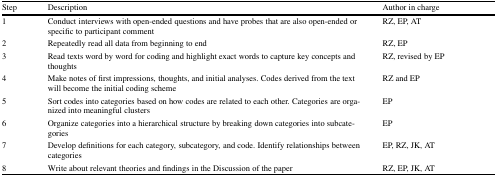
<table><thead><tr><td><b>Step</b></td><td><b>Description</b></td><td><b>Author in charge</b></td></tr></thead><tbody><tr><td>1</td><td>Conduct interviews with open-ended questions and have probes that are also open-ended or specific to participant comment</td><td>RZ, EP, AT</td></tr><tr><td>2</td><td>Repeatedly read all data from beginning to end</td><td>RZ, EP</td></tr><tr><td>3</td><td>Read texts word by word for coding and highlight exact words to capture key concepts and thoughts</td><td>RZ, revised by EP</td></tr><tr><td>4</td><td>Make notes of first impressions, thoughts, and initial analyses. Codes derived from the text will become the initial coding scheme</td><td>RZ and EP</td></tr><tr><td>5</td><td>Sort codes into categories based on how codes are related to each other. Categories are organized into meaningful clusters</td><td>EP</td></tr><tr><td>6</td><td>Organize categories into a hierarchical structure by breaking down categories into subcategories</td><td>EP</td></tr><tr><td>7</td><td>Develop definitions for each category, subcategory, and code. Identify relationships between categories</td><td>EP, RZ, JK, AT</td></tr><tr><td>8</td><td>Write about relevant theories and findings in the Discussion of the paper</td><td>RZ, EP, JK, AT</td></tr></tbody></table>